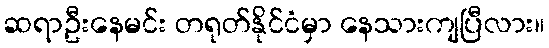
ဆရာဦးနေမင်း တရုတ်နိုင်ငံမှာ နေသားကျပြီလား။